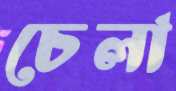
চেলা